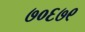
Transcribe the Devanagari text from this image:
७०६७९